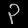
Digit: ၃